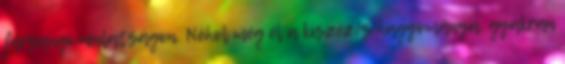
farsangi mulatságon. Néhol még él a kiszézés hagyománya, gyakran